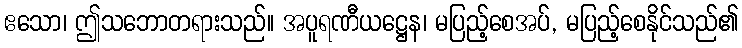
ဧသော၊ ဤသဘောတရားသည်။ အပူရဏီယဋ္ဌေန၊ မပြည့်စေအပ်, မပြည့်စေနိုင်သည်၏